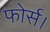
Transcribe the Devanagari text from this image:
फोर्स।